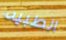
الطبيه